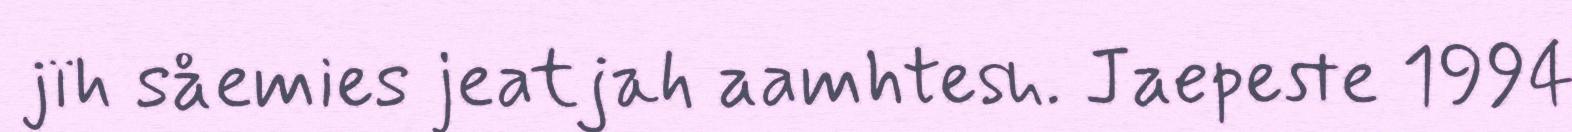
jïh såemies jeatjah aamhtesh. Jaepeste 1994